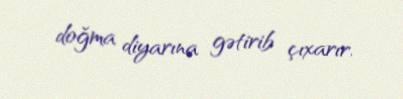
doğma diyarına gətirib çıxarır.